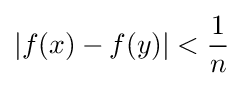
|f(x)-f(y)|<{1 \over n}